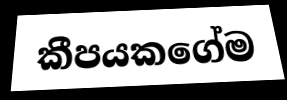
කීපයකගේම